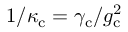
1 / \kappa _ { \mathrm { c } } = \gamma _ { \mathrm { c } } / g _ { \mathrm { c } } ^ { 2 }